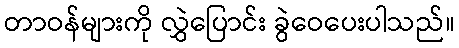
တာဝန်များကို လွှဲပြောင်း ခွဲဝေပေးပါသည်။